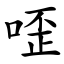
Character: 㗏